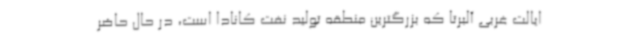
ایالت غربی آلبرتا که بزرگترین منطقه تولید نفت کانادا است، در حال حاضر